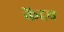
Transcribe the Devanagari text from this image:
केंद्रच